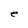
Character: e